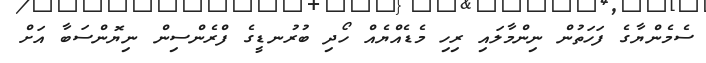
ސެމެންޔާގެ ފަހަތުން ނިންމާލައި ރިހި މެޑެއްޔެއް ހޯދި ބުރުނޑީގެ ފްރެންސިން ނިޔޮންސަބާ އަށް